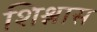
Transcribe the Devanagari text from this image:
शिश्नास